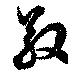
敬